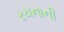
રચનાની